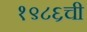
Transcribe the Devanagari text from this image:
१९८६ची